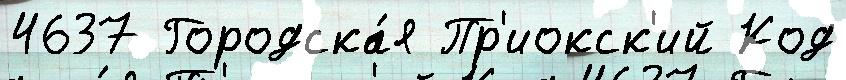
4637 Городска́я Пр'иокск'ий Код